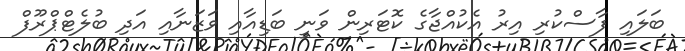
ބަލައި ފާސްކުރި އިރު އެކުއްޖާގެ ކޮޓަރިން ވަނީ ބަޑިއާއި ވަޒަނާއި އަދި ބުލެޓްޕްރޫފް